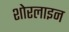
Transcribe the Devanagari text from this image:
शोरलाइन